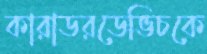
কারাডরডেভিচকে